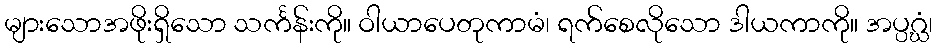
များသောအဖိုးရှိသော သင်္ကန်းကို။ ဝါယာပေတုကာမံ၊ ရက်စေလိုသော ဒါယကာကို။ အပ္ပဂ္ဃံ၊